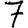
Digit: 7